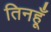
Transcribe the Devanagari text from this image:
तिनहूँ